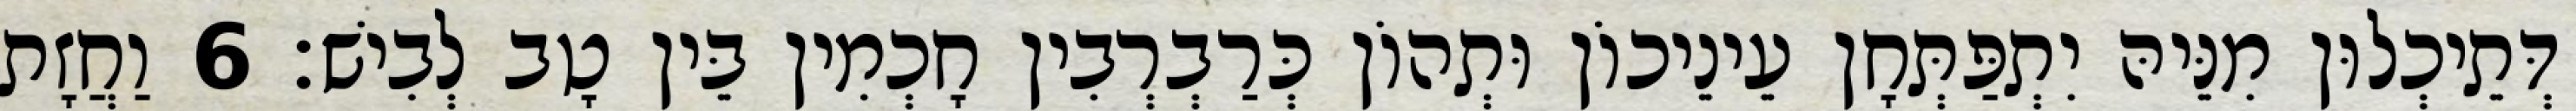
דְּתֵיכְלוּן מִנֵּיהּ יִתְפַּתְּחָן עֵינֵיכוֹן וּתְהוֹן כְּרַבְרְבִין חָכְמִין בֵּין טָב לְבִישׁ׃ 6 וַחֲזָת